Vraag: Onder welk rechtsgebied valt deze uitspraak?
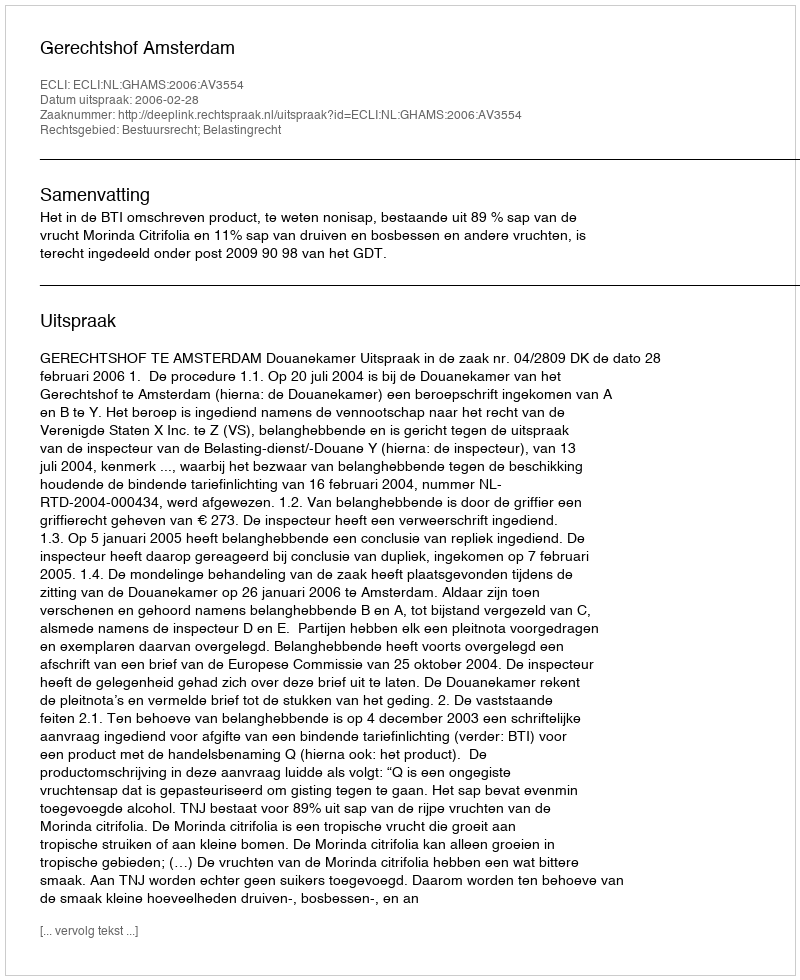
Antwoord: Bestuursrecht; Belastingrecht